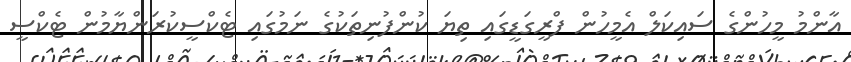
އާންމު މީހުންގެ ސައިކަލް އެމީހުން ފްރީގަޑީގައި ތިޔަ ކުންފުނިތަކުގެ ނަމުގައި ޓެކްސީކުރަންޔާމުން ޓެކްސީ